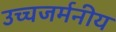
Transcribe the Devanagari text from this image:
उच्चजर्मनीय